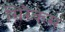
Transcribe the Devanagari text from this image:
सिरैकस